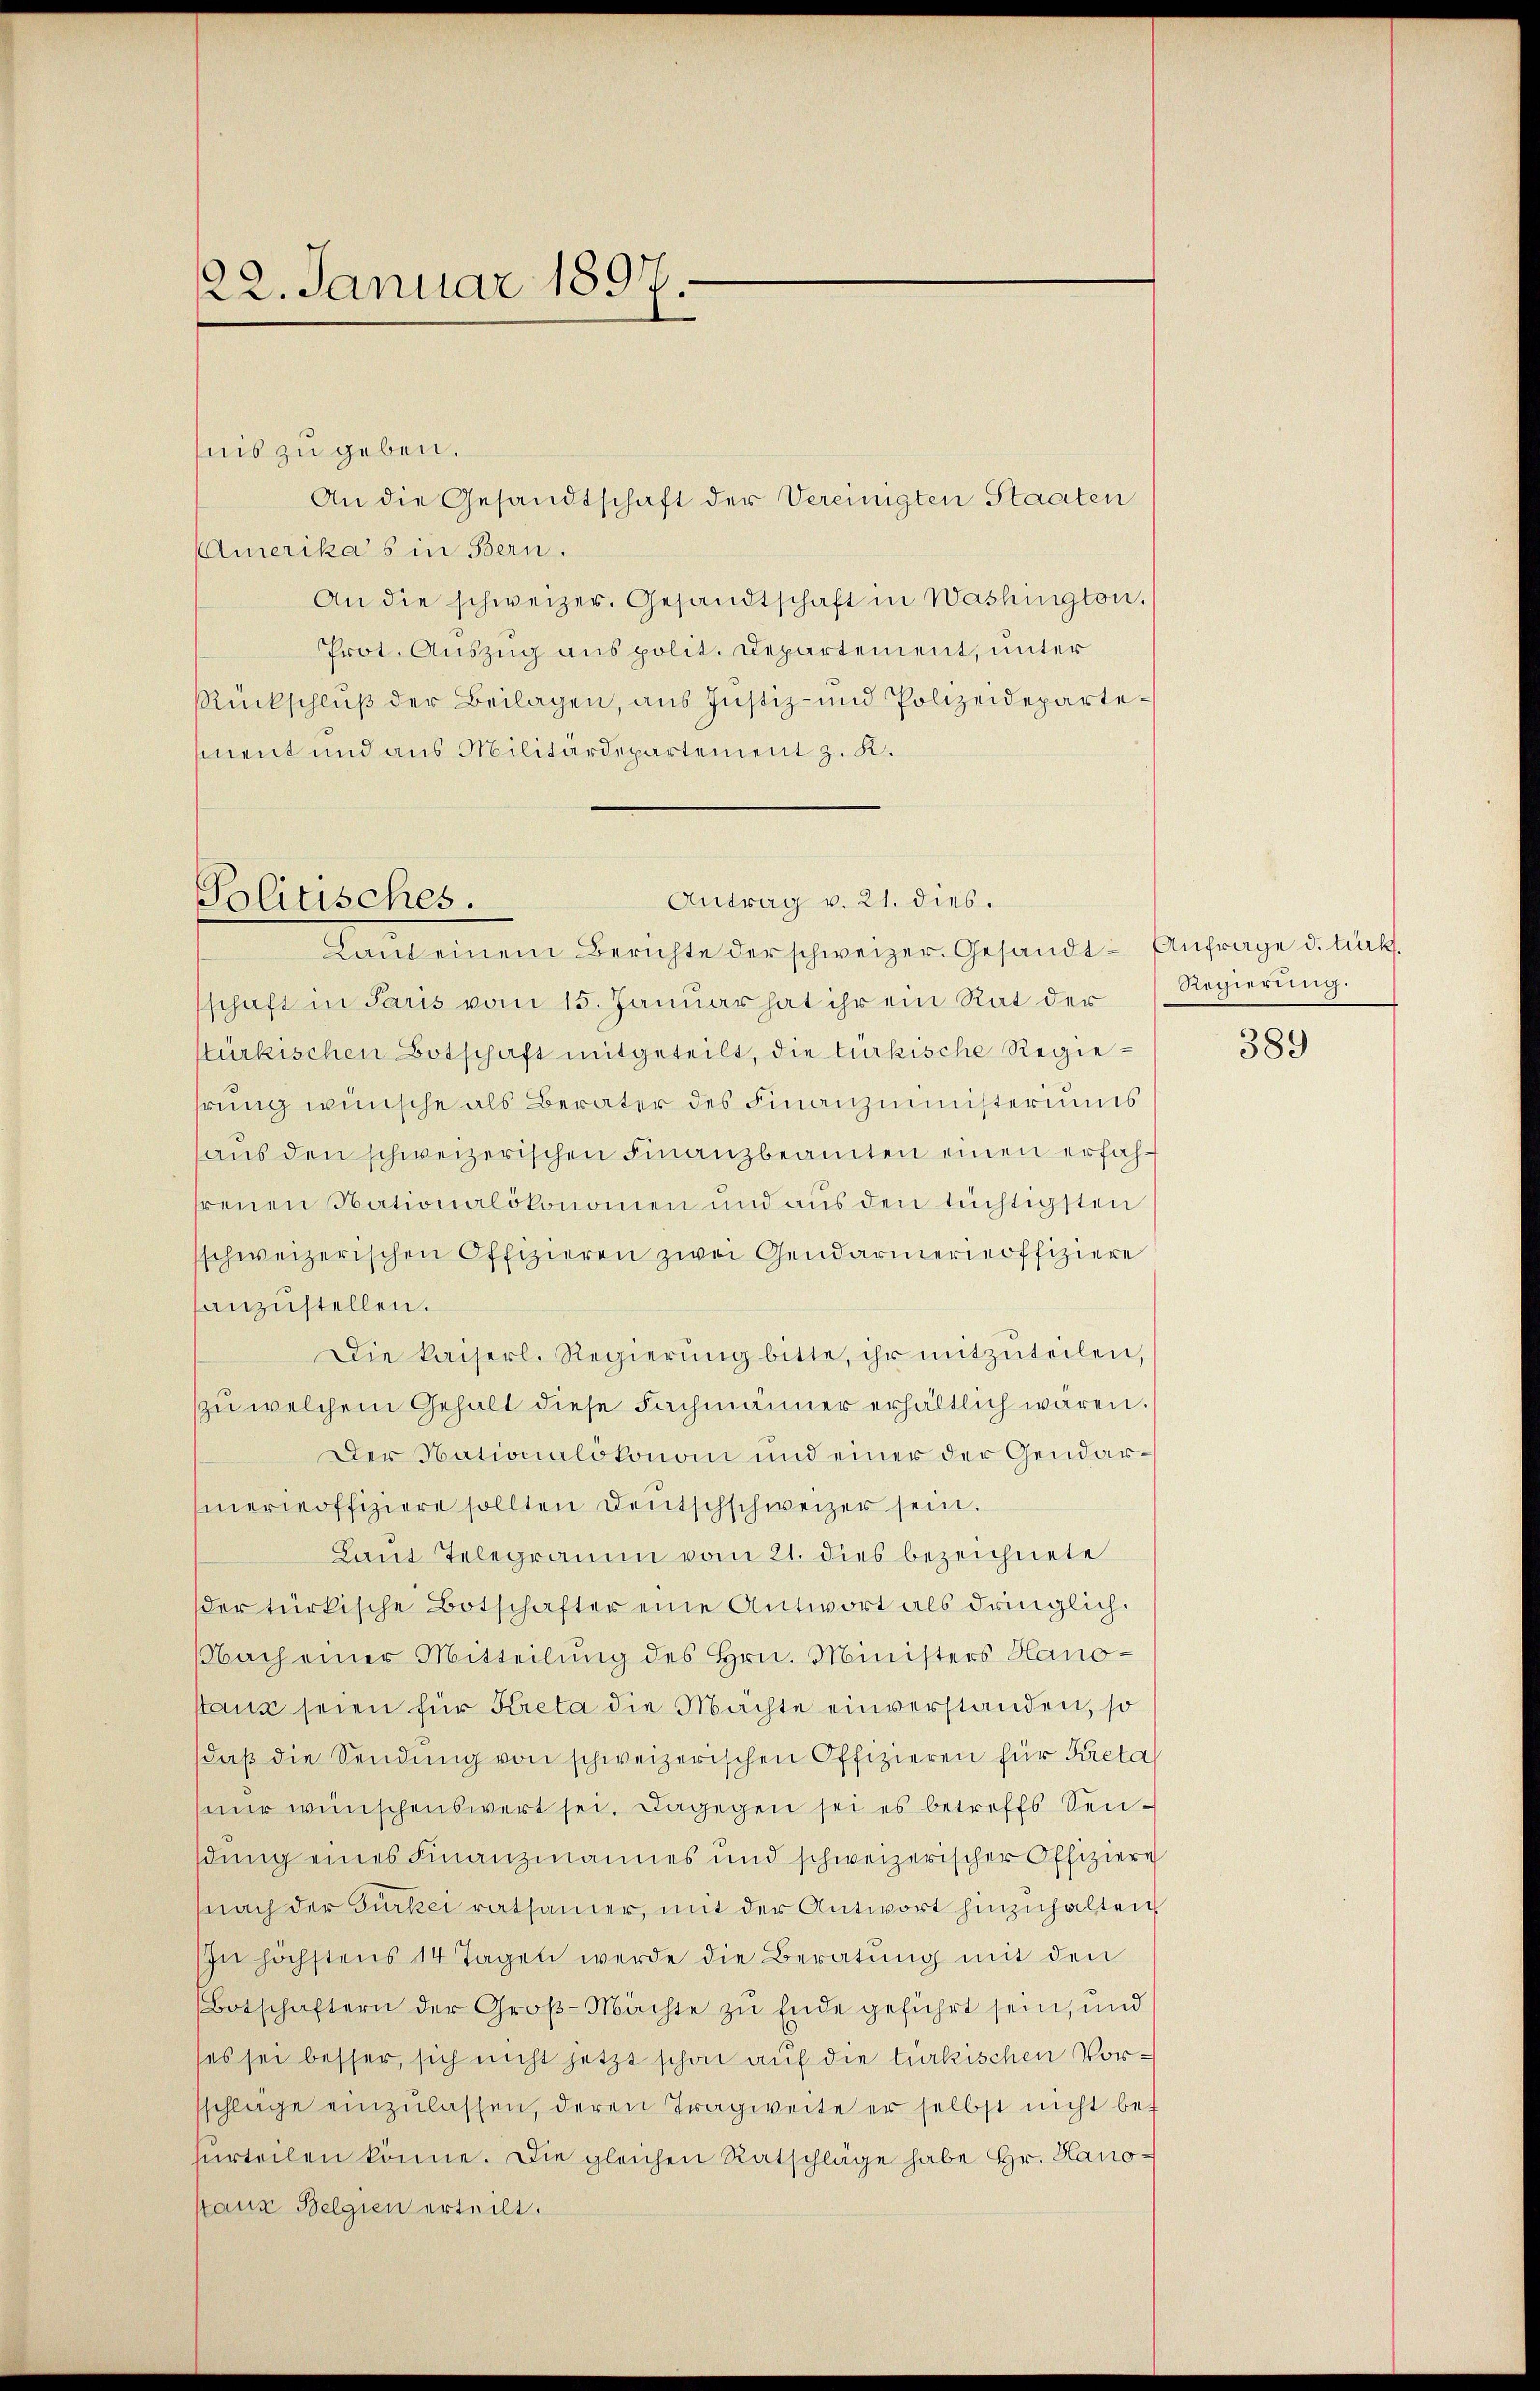
22. Januar 1897.

Politisches.

nis zu geben.
An die Gesandtschaft der Vereinigten Staaten
Amerika’s in Bern.
An die schweizer. Gesandtschaft in Washington,
Prot. Auszug aus polit. Departement, unter
RRückschluß der Beilagen, aus Justiz- und Polizeidepartemnent und aus Militärdepartement z. K.
schaft in Paris vom 15. Januar hat ihr ein Rat der
stürkischen Botschaft mitgeteilt, die türkische Regiehrung wünsche als Berater des Finanzministeriums
aŭs den schweizerischen Finanzbeamten einen erfahfreuen Nationalökonomen und aus den tüchtigsten
sschweizerischen Offizieren zwei Gendarmerieoffiziere
anzustellen.
Die kaiserl. Regierŭng bitte, ihr mitzŭteilen,
zŭ welchem Gehalt diese Fachmänner erhältlich wären.
Der Nationalökonomi und einer der Gendarsiner offiziere sollten Deutschschweizer sein.
Laut Telegramm vom 21. dies bezeichnete
der türkische Botschafter eine Antwort als dringlich.
Nach einer Mitteilung des Hrn. Ministers Hanostaus seien für Kreta die Machte einverstanden, so
daβ die Sendung von schweizerischen Offizieren für Kreta
hier wünschenswert sei. Dagegen sei es betreffs Sendung eines Finanzmannes und schweizerischer Offiziere
nach der Türkei ratsamer, mit der Antwort hinzuhalten,
In höchstens 14 Tagen werde die Beratung mit den
Botschaftern der Groβ-Machte zu Ende geführt sein, und
ses sei besser, sich nicht jetzt schon auf die türkischen Vorsschlage einzŭlassen, deren Tragweite er selbst nicht bef
hurteilen könne. Die gleichen Ratschläge habe Hr. Hanostanz Belgien erteilt.

Antrag v. 21. dies.
Lant einem Berichte der schweizer. Gesandt- Anfrage d. tücht

Regierung.

389